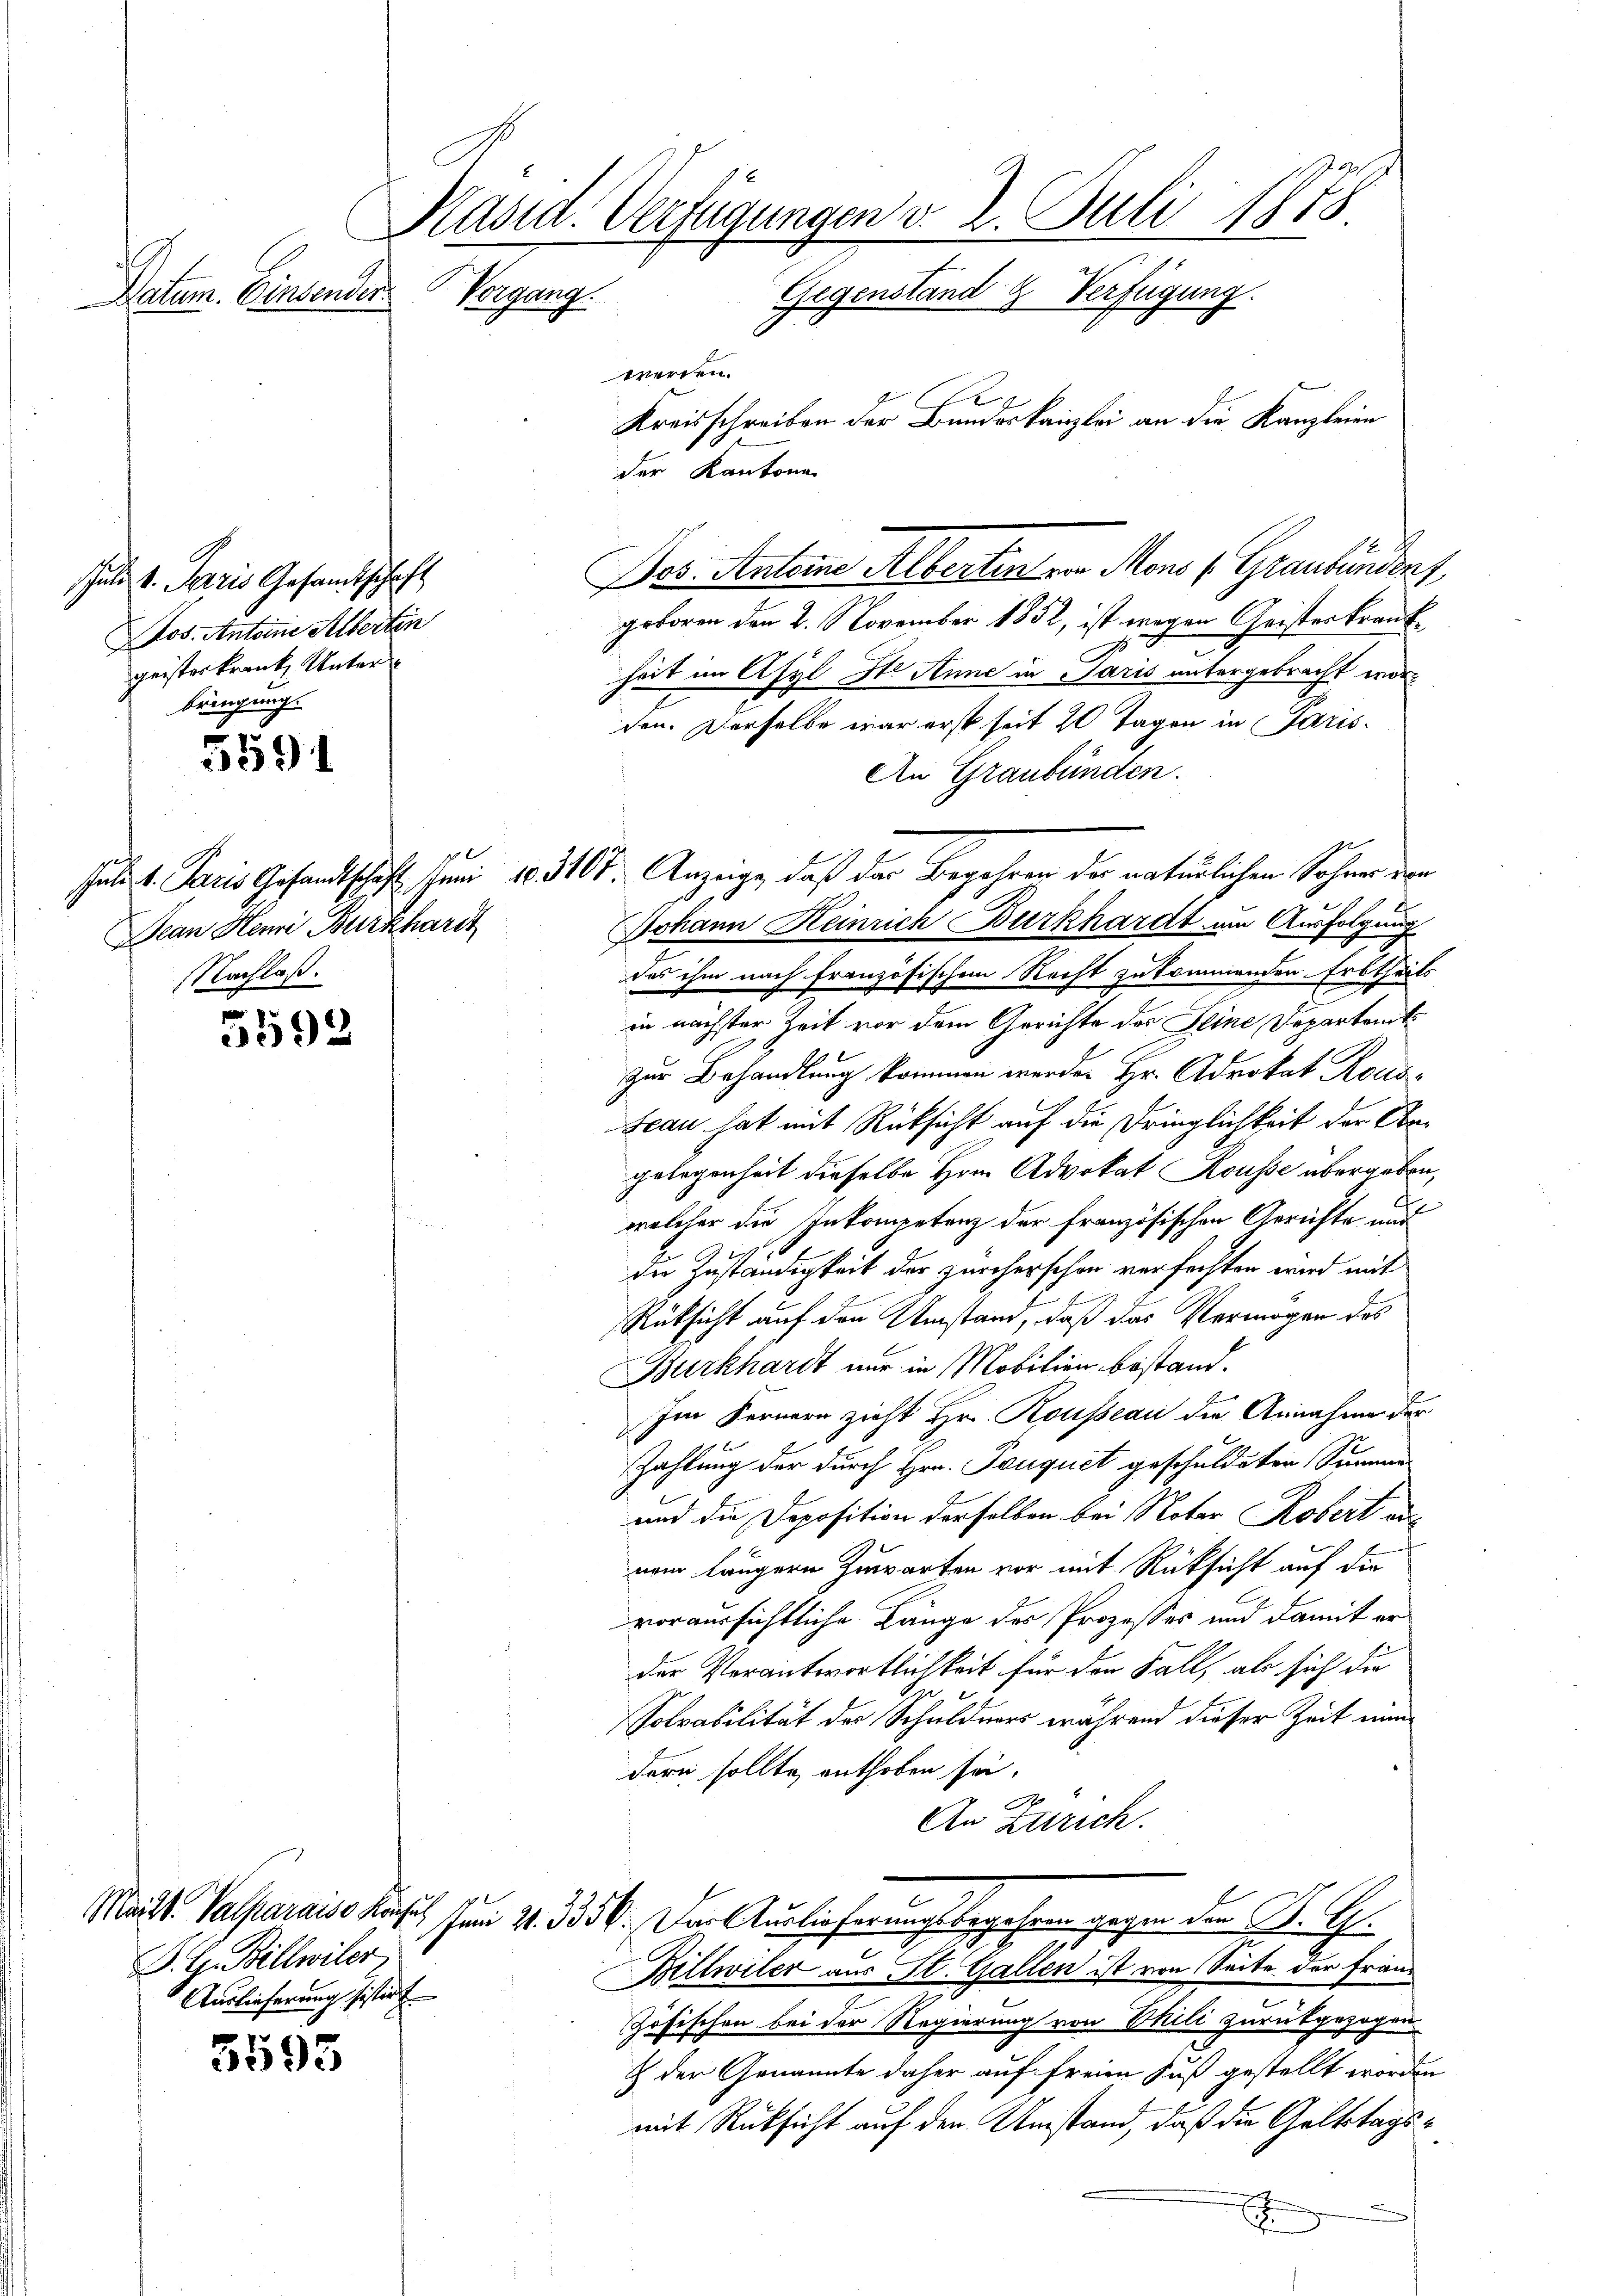
Patum. Einsender

schule v. Paris Gesandtschaft
Jos. Antone Albertin
geister krank, Unterbringung.

5591

Jean Steine Burkhardt
NNachlaß.

5592

Maist. Valparaise Käufer
P. G. Billwiler
Auslieferung sistirt.

3593

Kasid. Verfügungen v. 2. Juli 1878
Gegenstand & Verfügung.
werden.
Kreisschreiben der Bundeskanzlei an die Kanzleien
der Kantone

Vorgang.

geboren den 2. November 1852, ist wegen Geisterkrankheit im Asyl Ite Anne in Paris untergebracht worden. Derselbe war erst seit 20 Tagen in Paris¬
An Graubünden.
Johann Heinrich Burkhardt um Ausfolgung
das ihm nach französischen Recht zukommenden Erbtheils
in nächster Zeit vor dem Gerichte des Seine Departamtzur Behandlung kommen werden Hr. Advokat Rous¬
Jean hat mit Rücksicht auf die Dringlichkeit der Obegelegenheit dieselbe Hrn. Advokat Kousse übergeben,
welcher die Inkompetenz der französischen Gerichte und
die Zuständigkeit der zürcherschon verfechten wird mit
Rüksicht auf den Umstand, daß das Vermögen des
Burkhardt nur in Mobilien bestand.
S
Im Fernern zieht Hr. Rousseau die Annahme der
Zahlung der durch Hrn. Touquet geschuldeten Summe
und die Deposition derselben bei Notar Robert aus
vom längern Zuwarten vor mit Rücksicht auf die
voraussichtliche Länge des Prozesses und damit erder Verantwortlichkeit für der Fall, als sich die
Solvabilität der Schuldners während dieser Zeit ein
dern sollte enthoben sei.
An Zürich.
en 4. 1359. Der Auslieferungsbegehren gegen der P. G.
Billwiler aus St. Gallen ist von Seite der Franz
ösischen bei der Regierung von Phili zurückgezogen.
& der Genannte daher auf freien Fuß gestellt worden
mit Rücksicht auf den Umstand, daß die Geltstags¬
E

Petit. Paris Gesandtschaft, für 183100. Anzeige, daß der Begehren der natürlichen Sohner ver

Dos. Antoine Albertent von Mons (Graubündenz,